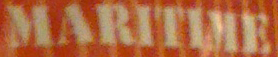
MARITIME